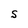
Character: S